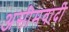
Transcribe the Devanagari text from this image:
असीमवादी